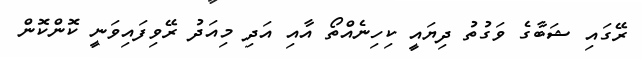
ރޭގައި ޝަބާގެ ވަގުތު ދިޔައީ ކިހިނެއްތޯ އާއި އަދި މިއަދު ރޭވިފައިވަނީ ކޮންކޮން